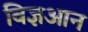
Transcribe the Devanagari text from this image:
विज्ञआन